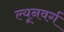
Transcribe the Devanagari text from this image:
ल्यूनवर्ग